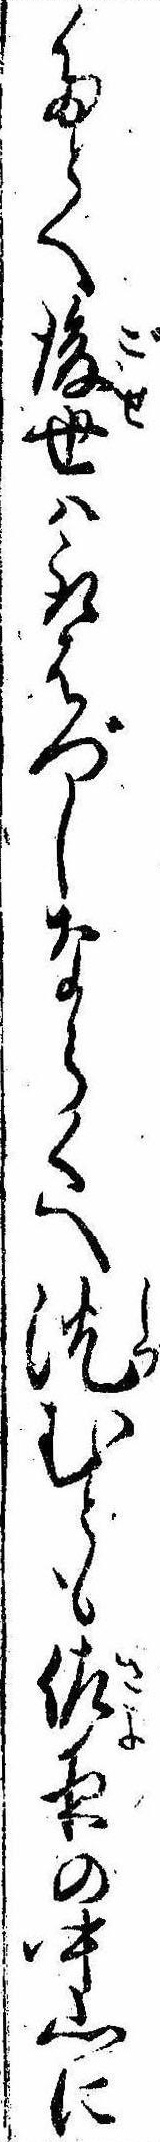
たとへ後世は取はづしならくへ沈むとも佐夜の中山に